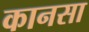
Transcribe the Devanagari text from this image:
कानसा